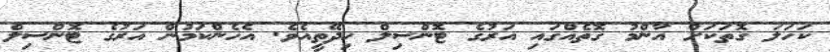
ކަހަލަ ގޮތަކަށް އާންމު ގޮތެއްގައި އަރުގެ ޓޮންސިލް ހިދޭތީއެވެ. އެހެންކަމުން އަރުގެ ޓޮންސިލް